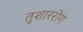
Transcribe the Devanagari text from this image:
तुशाररोग